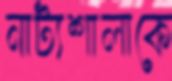
নাট্যশালাকে